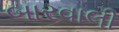
બારવાલી